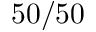
5 0 / 5 0